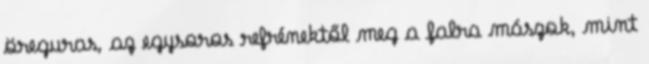
öreguras, az egysoros refrénektől meg a falra mászok, mint